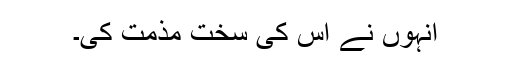
انہوں نے اس کی سخت مذمت کی۔